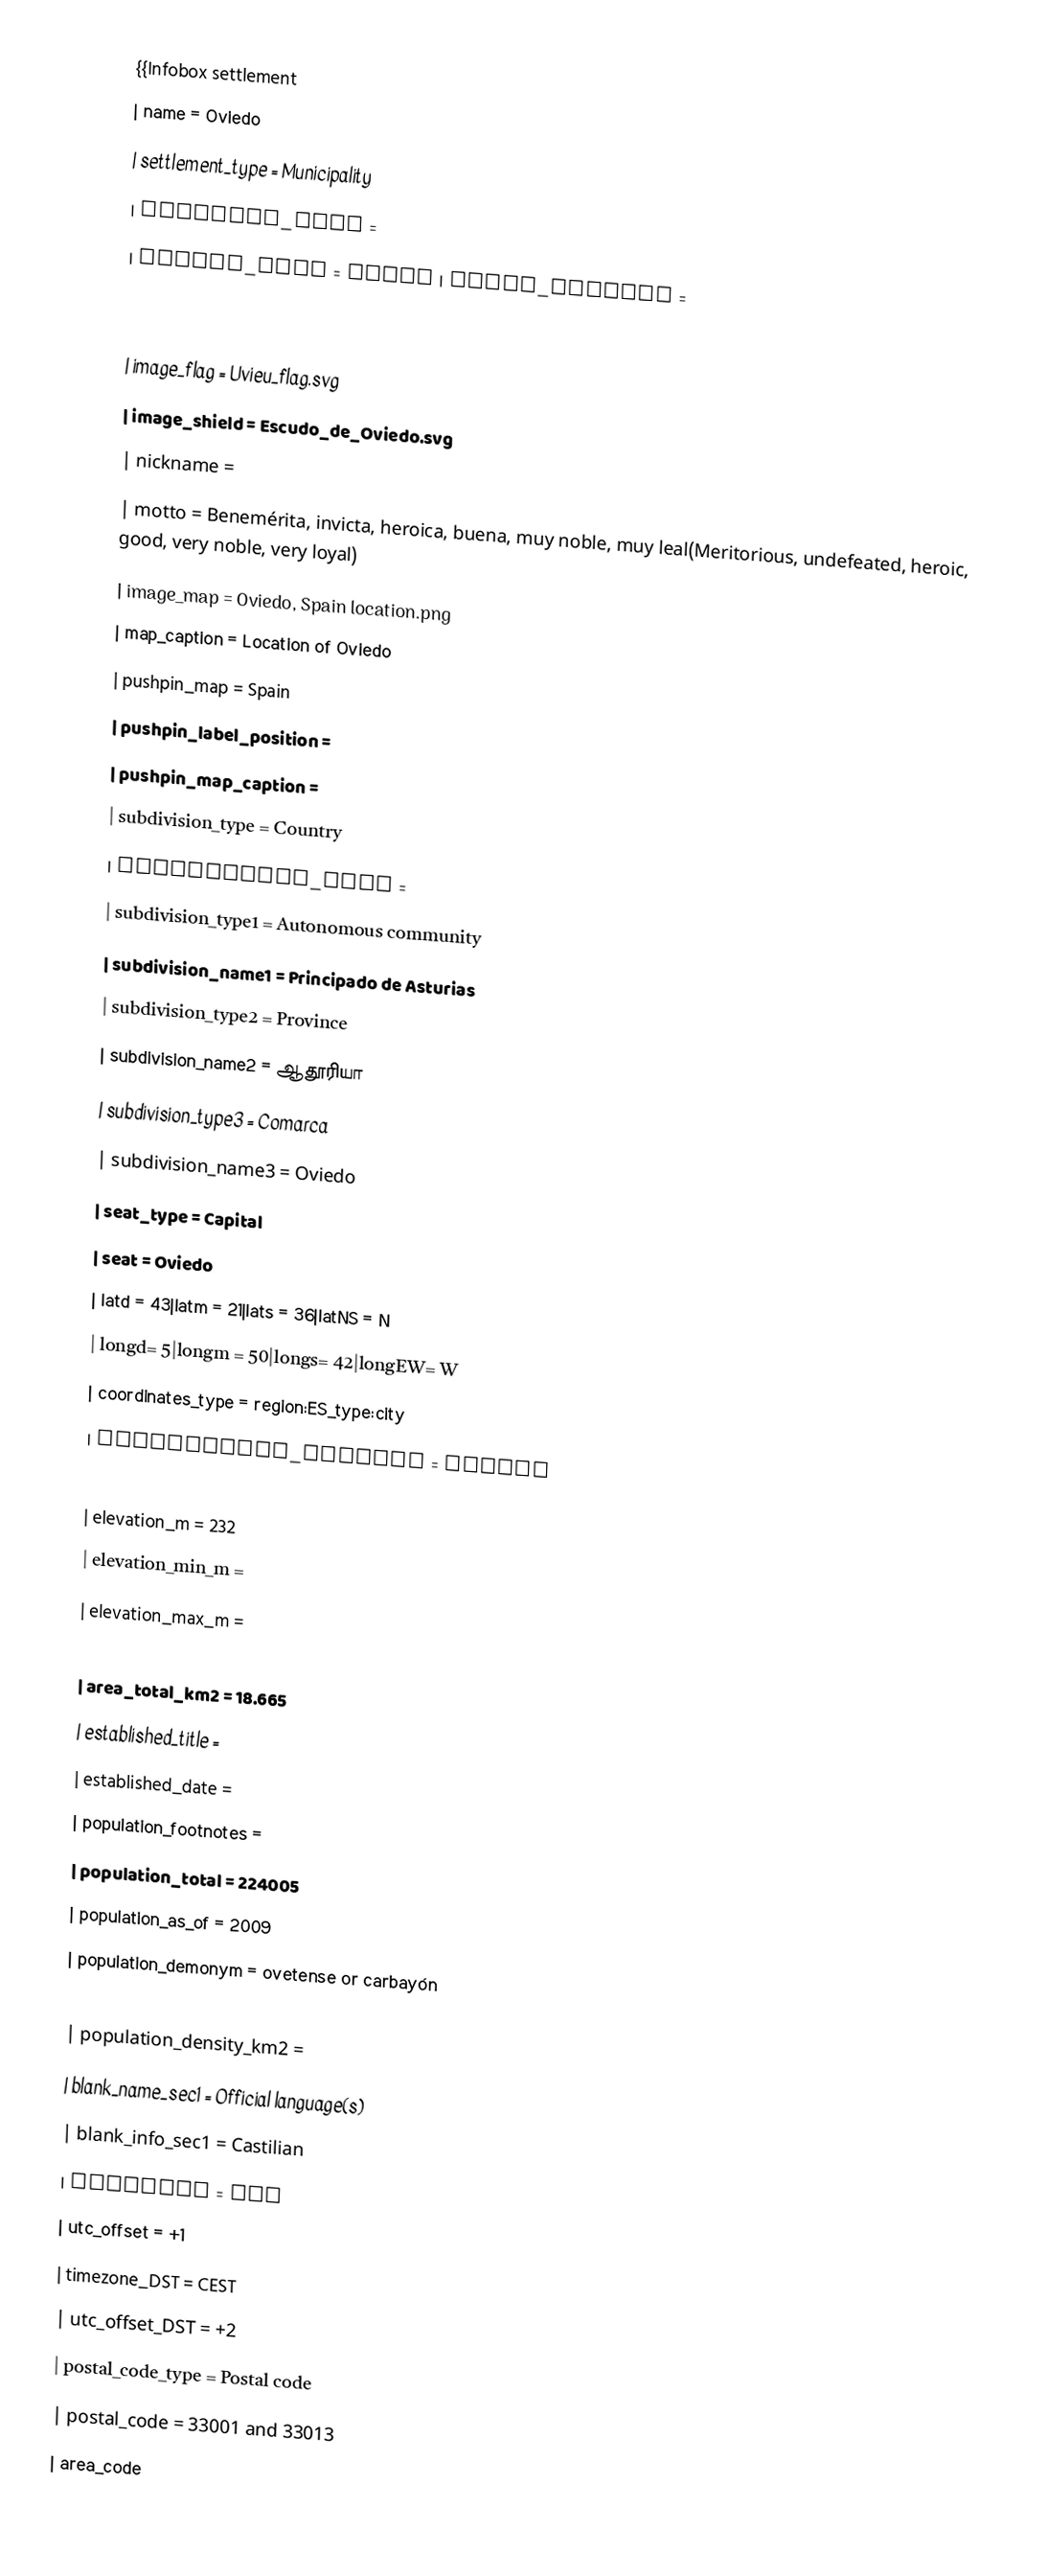
{{Infobox settlement
| name                    = Oviedo
| settlement_type         = Municipality
| official_name           =
| native_name             = Uviéu | image_skyline           =
| image_alt               =
| image_caption           =
| image_flag              = Uvieu_flag.svg
| image_shield            = Escudo_de_Oviedo.svg
| nickname                =
| motto                   = Benemérita, invicta, heroica, buena, muy noble, muy leal(Meritorious, undefeated, heroic, good, very noble, very loyal)
| image_map               = Oviedo, Spain location.png
| map_caption             = Location of Oviedo
| pushpin_map             = Spain
| pushpin_label_position  =
| pushpin_map_caption     =
| subdivision_type        = Country
| subdivision_name        =
| subdivision_type1       = Autonomous community
| subdivision_name1       = Principado de Asturias
| subdivision_type2       = Province
| subdivision_name2       = ஆதூரியா
| subdivision_type3       = Comarca
| subdivision_name3       = Oviedo
| seat_type               = Capital
| seat                    = Oviedo
| latd = 43|latm = 21|lats = 36|latNS = N
| longd= 5|longm = 50|longs= 42|longEW= W
| coordinates_type        = region:ES_type:city
| coordinates_display     = inline
| coordinates_footnotes   =
| elevation_m             = 232
| elevation_min_m         =
| elevation_max_m         =
| area_footnotes          =
| area_total_km2          = 18.665
| established_title       =
| established_date        =
| population_footnotes    =
| population_total        = 224005
| population_as_of        = 2009
| population_demonym      = ovetense or carbayón
| population_note         =
| population_density_km2  =
| blank_name_sec1         = Official language(s)
| blank_info_sec1         = Castilian
| timezone                = CET
| utc_offset              = +1
| timezone_DST            = CEST
| utc_offset_DST          = +2
| postal_code_type        = Postal code
| postal_code             = 33001 and 33013
| area_code